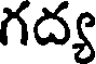
గద్య